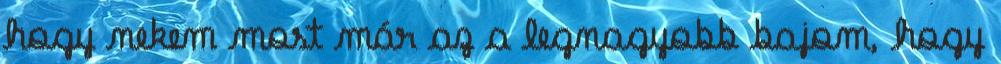
hogy nekem most már az a legnagyobb bajom, hogy